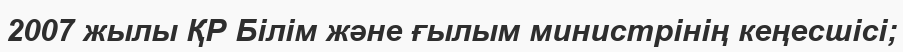
2007 жылы ҚР Білім және ғылым министрінің кеңесшісі;